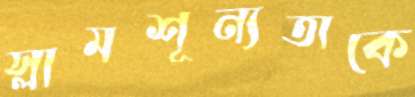
স্লামশূন্যতাকে